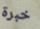
خبرة